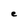
Character: e